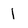
Character: l